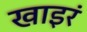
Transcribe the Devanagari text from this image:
खाइरं